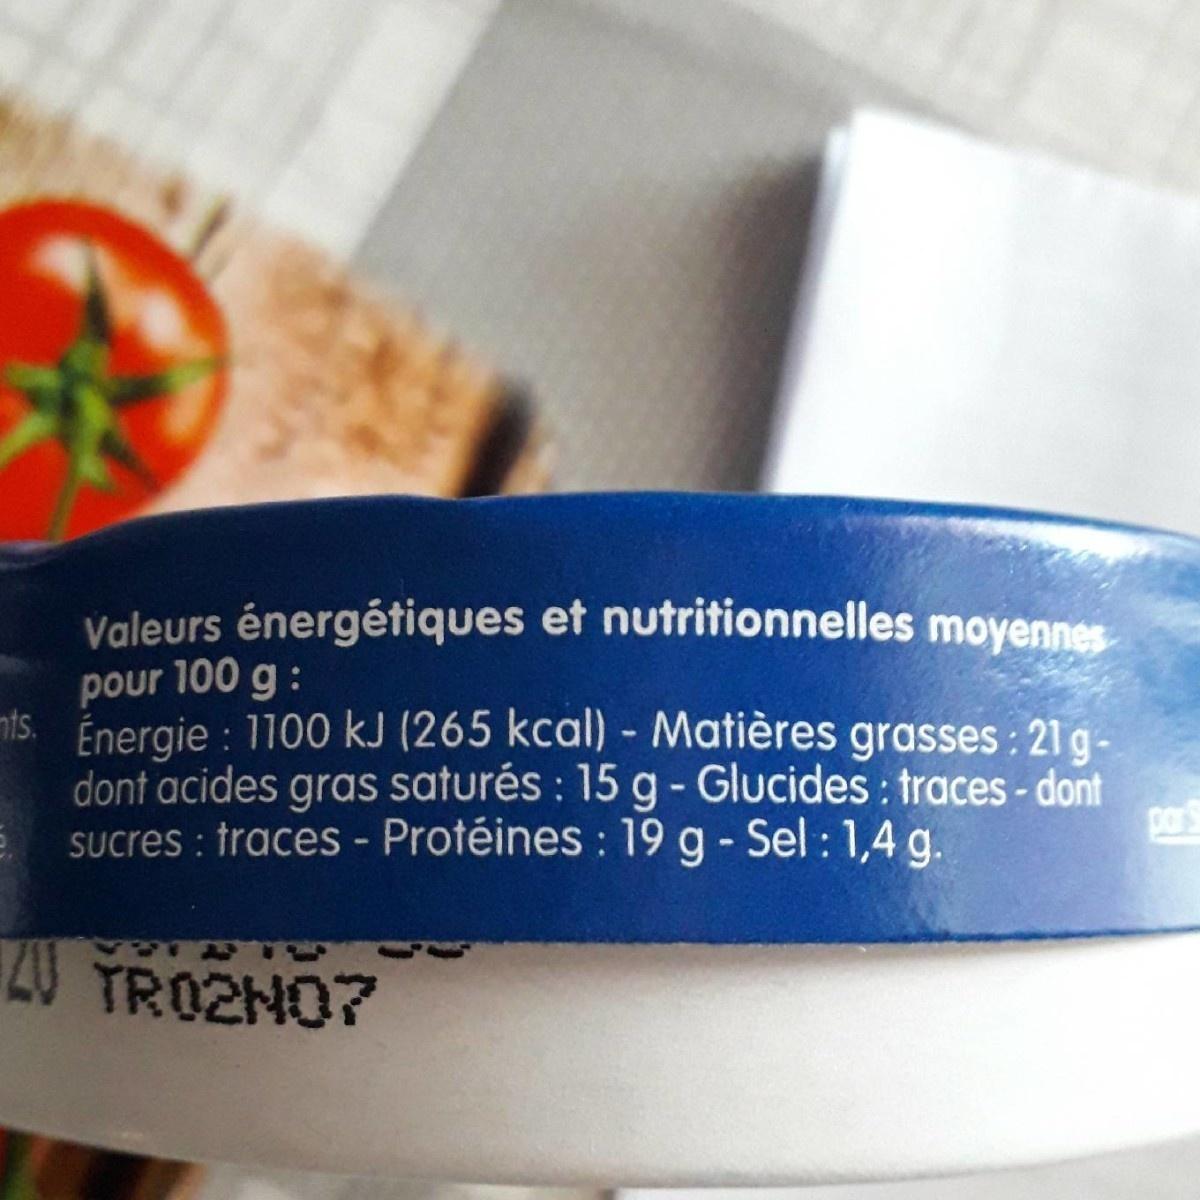
Valeurs énergétiques et nutritionnelles moyennes
pour 100 g : nts.
: 1100 kJ (265 kcal) - Matières grasses : 21 g-
Énergie dont acides gras saturés : 15 g - Glucides : traces - dont Sucres : traces - Protéines : 19 g - Sel :1,4 g.
pars
20
TRO2NO7